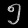
Digit: ၅